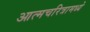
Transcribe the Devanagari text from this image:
आत्मचरित्रामध्ये